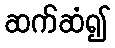
ဆက်ဆံ၍